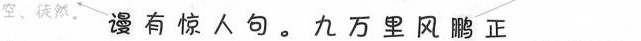
空、徒然。 谩有惊人句。九万里风鹏正